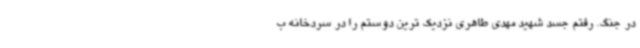
در جنگ. رفتم جسد شهید مهدی طاهری نزدیک ترین دوستم را در سردخانه ب